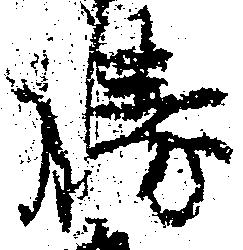
勝